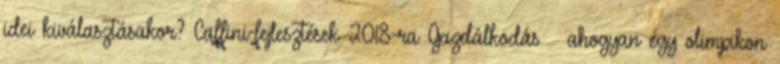
idei kiválasztásakor? Caffini-fejlesztések 2018-ra Gazdálkodás – ahogyan egy olimpikon